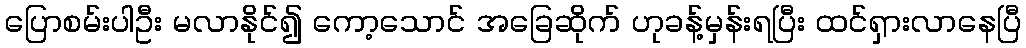
ပြောစမ်းပါဦး မလာနိုင်၍ ကော့သောင် အခြေဆိုက် ဟုခန့်မှန်းရပြီး ထင်ရှားလာနေပြီ